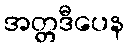
အတ္တဒီပေန